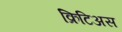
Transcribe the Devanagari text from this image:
क्रिटिअस